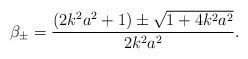
LaTeX: \begin{align*}\beta_{\pm}= \frac{(2 k^2 a^2 + 1) \pm \sqrt{1 + 4 k^2 a^2}}{2 k^2 a^2}.\end{align*}